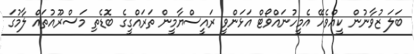
ބަލަ ޒުވާނުން ކީއްވެހޭ އެމީހުނައްވޯޓް އަޅަންވީ ރައީސްޔާމީން ތަރައްގީގެ ބޮޑެތި މަސްރޫއުތައް ލާމުގަ